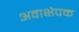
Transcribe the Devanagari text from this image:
अवाक्षेपक